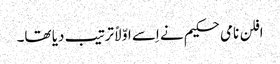
افلن نامی حکیم نے اِسے اوّلاً ترتیب دیا تھا۔